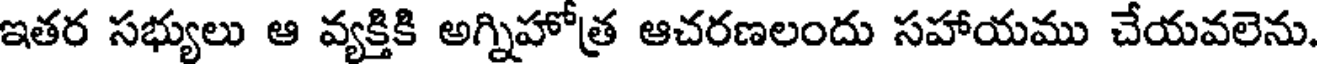
ఇతర సభ్యులు ఆ వ్యక్తికి అగ్నిహోత్ర ఆచరణలందు సహాయము చేయవలెను.